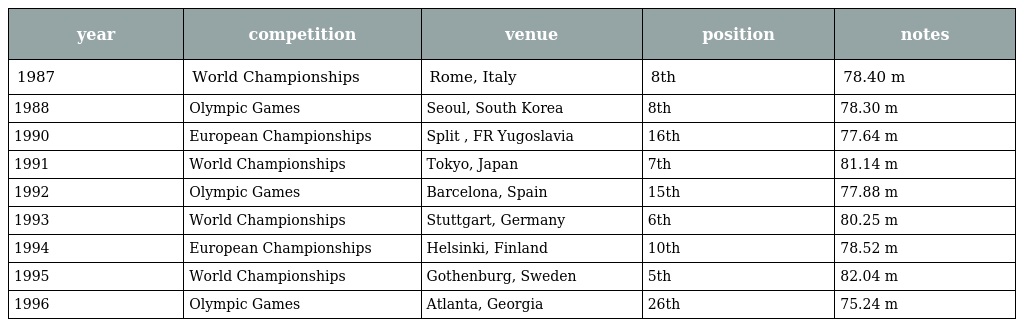
| year | competition | venue | position | notes |
 | --- | --- | --- | --- | --- |
 | 1987 | World Championships | Rome, Italy | 8th | 78.40 m |
 | 1988 | Olympic Games | Seoul, South Korea | 8th | 78.30 m |
 | 1990 | European Championships | Split , FR Yugoslavia | 16th | 77.64 m |
 | 1991 | World Championships | Tokyo, Japan | 7th | 81.14 m |
 | 1992 | Olympic Games | Barcelona, Spain | 15th | 77.88 m |
 | 1993 | World Championships | Stuttgart, Germany | 6th | 80.25 m |
 | 1994 | European Championships | Helsinki, Finland | 10th | 78.52 m |
 | 1995 | World Championships | Gothenburg, Sweden | 5th | 82.04 m |
 | 1996 | Olympic Games | Atlanta, Georgia | 26th | 75.24 m |